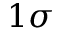
1 \sigma